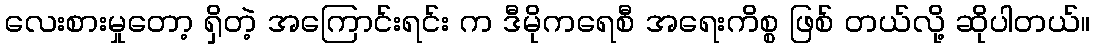
လေးစားမှုတော့ ရှိတဲ့ အကြောင်းရင်း က ဒီမိုကရေစီ အရေးကိစ္စ ဖြစ် တယ်လို့ ဆိုပါတယ်။